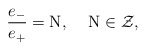
\begin{align*}\frac{e_{-}}{e_{+}} = {\rm N},\hspace{5 mm}{\rm N} \in \cal Z,\end{align*}